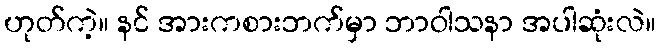
ဟုတ်ကဲ့။ နင် အားကစားဘက်မှာ ဘာဝါသနာ အပါဆုံးလဲ။